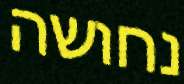
נחושה